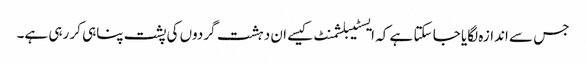
جس سے اندازہ لگایا جا سکتا ہے کہ ایسٹیبلشمنٹ کیسے ان دہشت گردوں کی پشت پناہی کر رہی ہے۔